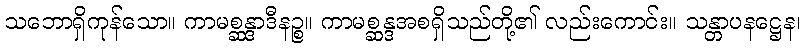
သဘောရှိကုန်သော။ ကာမစ္ဆန္ဒာဒီနဉ္စ။ ကာမစ္ဆန္ဒအစရှိသည်တို့၏ လည်းကောင်း။ သန္တာပနဋ္ဌေန၊